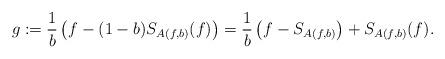
LaTeX: \begin{align*}g:=\frac{1}{b}\left(f-(1-b)S_{A(f,b)}(f)\right)=\frac{1}{b} \left( f-S_{A(f,b)}\right)+ S_{A(f,b)}(f).\end{align*}